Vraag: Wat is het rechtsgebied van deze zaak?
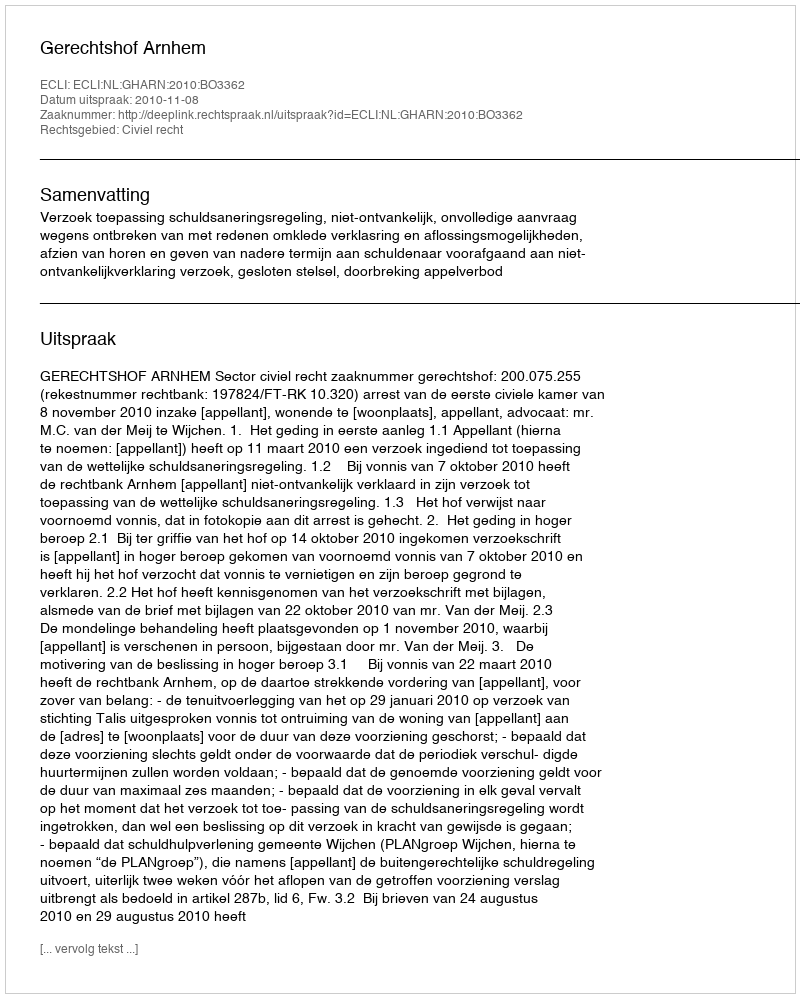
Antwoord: Civiel recht